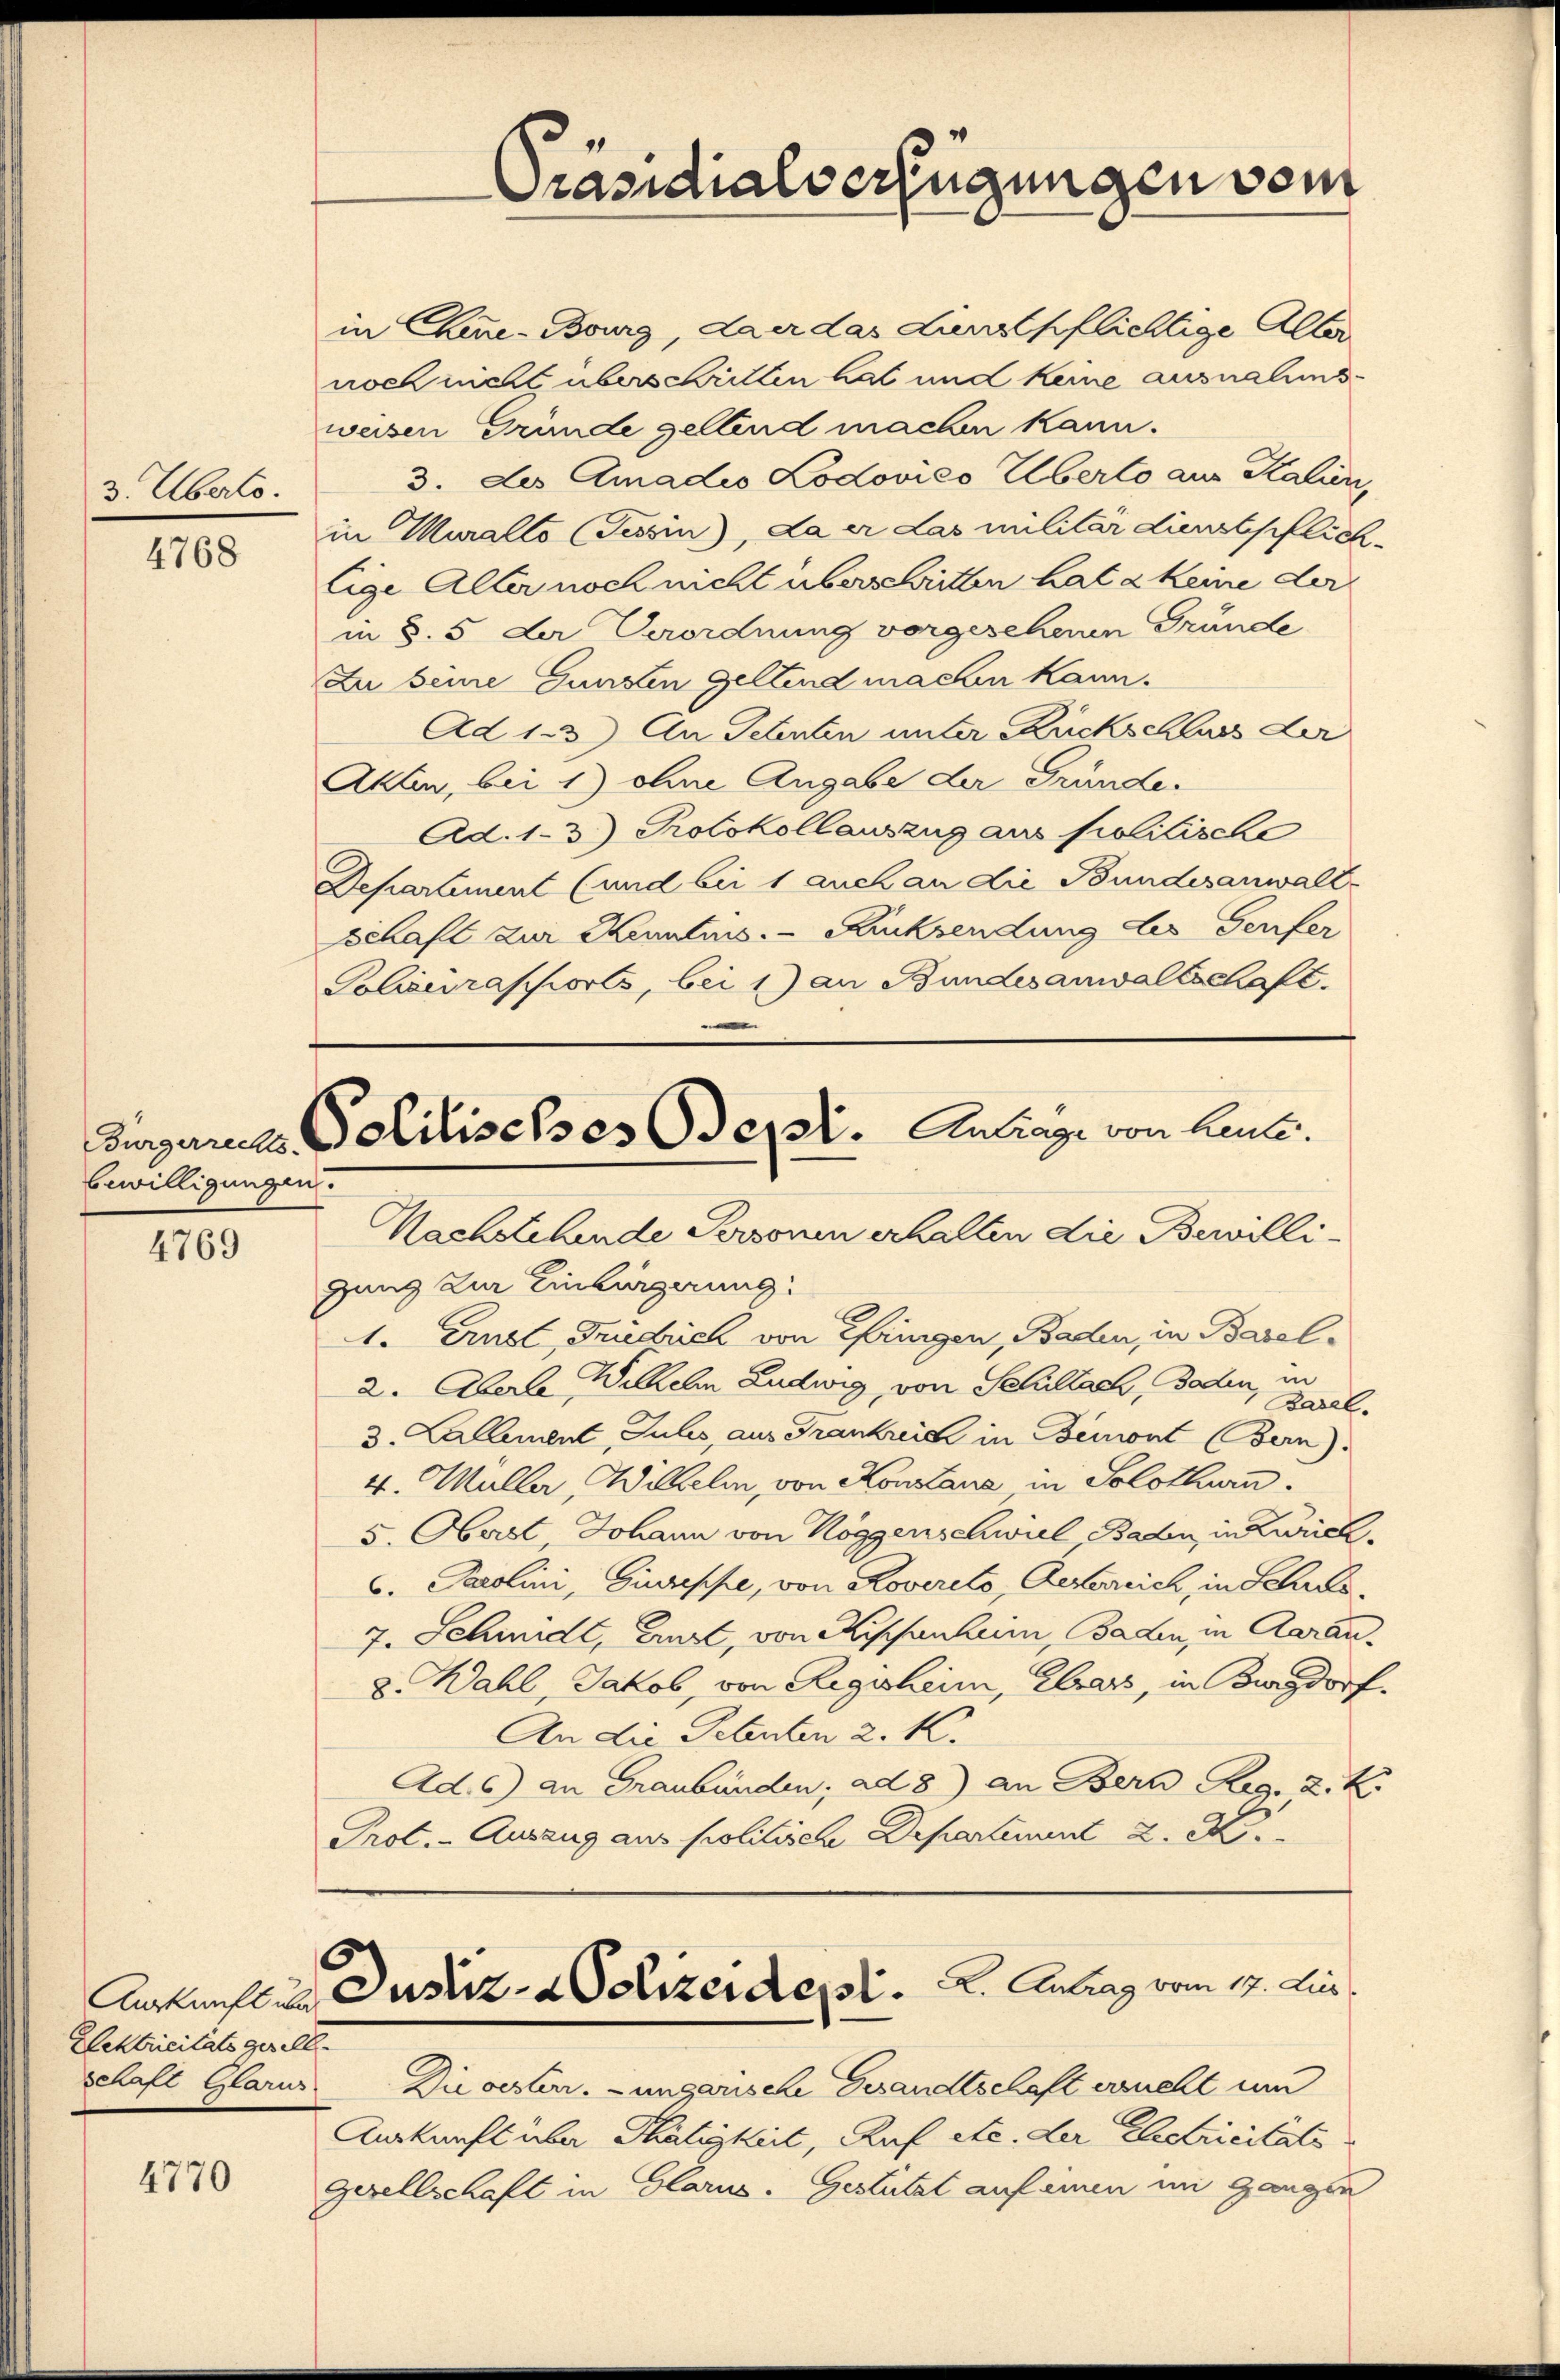
3. Überto

4768

bewilligungen

4769

Auskunft über
Elektricitäts gerell

4770

in Chine-Bourg, da er das dienstpflichtige Aller
noch nicht überschritten hat und keine ausnahmsweisen Gründe geltend machen kann.
3. Les Amadio Lodovićo Überto aus Kalien,
in Muralto Tessin, da er das militär dienstpflichlige Aller noch nicht überschritten hat a keine der
in §. 5 der Verordnung vorgescheinen Gründe
Zu beine Gunsten Geltend machen kann.
Ad 123) An Schenten unter Rückschluss der
Akten, bei 1) ohne Angabe der Gründe.
Ad. 13.) Protokollauszug aus politische
Departement (und bei 1 auch an die Bundesanwalt-
Schaft zur Kenntnus Rücksendung des Genfer
Polizeirapports, bei 1) an Bundesanwaltschaft.

Präsidialverfügungen vom

Singenes Politisches Sept. Antrage von laute.

u
Nachstehende Personen erhalten die Bewilligung zur Einbürgerung:
1. Ernst, Fridrich von Eferingen, Baden, in Basel¬
2. Aberle Willen Ludwig, von Schillach, Baden, in
Basel.
3. Lallement Julis, aus Frankreich in Bemont Bern).
4. Mülle, Wilhelm, von Konstane in Solothurn.
5. Oberst, Johann von Roggenschwiel Baden, in Zürich¬
C. Parolini, Giuseppe, von Roverito Aesterreich, in Schres¬
7. Schmidt, Ernst, von Kissantum, Baden, in Aarau
8. Wahl, Jakob, von Zugeheim, Clars, in Burgdorf.
An die Schenten 2. K.
Ad.6) an Graubünden; ad 8) an Bern Reg. 2. K.
Prot. - Auszug aus politische Departement 2. X.

schaft Glarus. Die oesterr.-ungarische Gesandtschaft ersucht um
Aurkunft über Thätigkeit, Auf etc. der Electricitäts
Gesellschaft in Glarus. Gestützt auf einen im Gangen

Dustiz- & Polizeident. 2. Antrag vom 17. Jur.